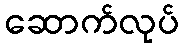
ဆောက်လုပ်